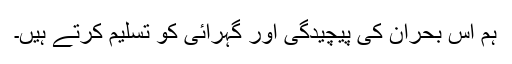
ہم اس بحران کی پیچیدگی اور گہرائی کو تسلیم کرتے ہیں۔